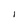
Character: 1